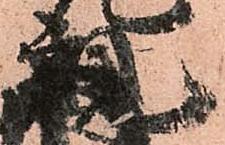
親